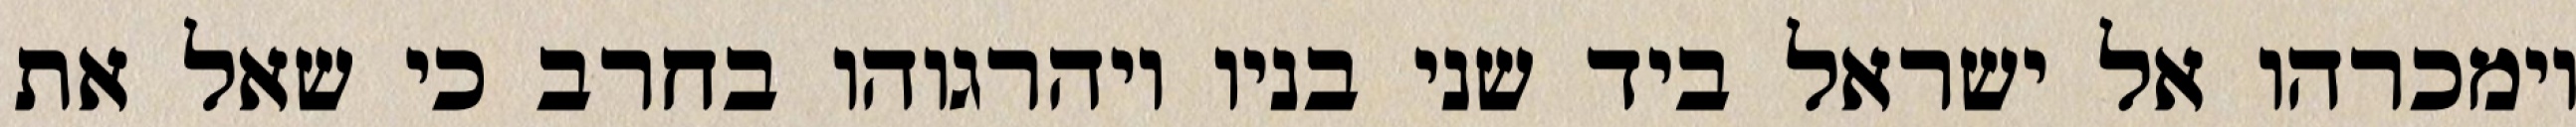
וימכרהו אל ישראל ביד שני בניו ויהרגוהו בחרב כי שאל את